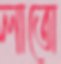
লাতো